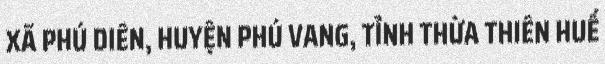
XÃ PHÚ DIÊN, HUYỆN PHÚ VANG, TỈNH THỪA THIÊN HUẾ